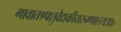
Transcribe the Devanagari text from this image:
गावात१पशुवैद्यकीयरुग्णालयआहे